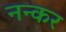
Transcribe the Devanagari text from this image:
नन्कर